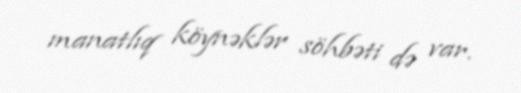
manatlıq köynəklər söhbəti də var.